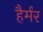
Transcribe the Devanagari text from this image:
हैर्मर